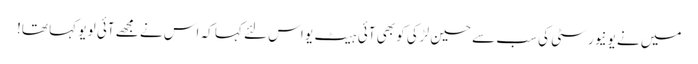
میں نے یونیورسٹی کی سب سے حسین لڑکی کو بھی آئی ہیٹ یو اس لئے کہا کہ اس نے مجھے آئی لو یو کہا تھا!